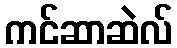
ကင်ဆာဆဲလ်